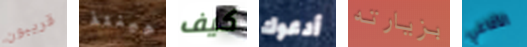
قريبون حينئذ كيف أدعوك بزيارته الأفاعي